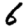
Digit: 6